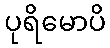
ပုရိမောပိ